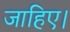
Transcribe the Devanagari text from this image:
जाहिए।